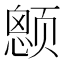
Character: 𱂶